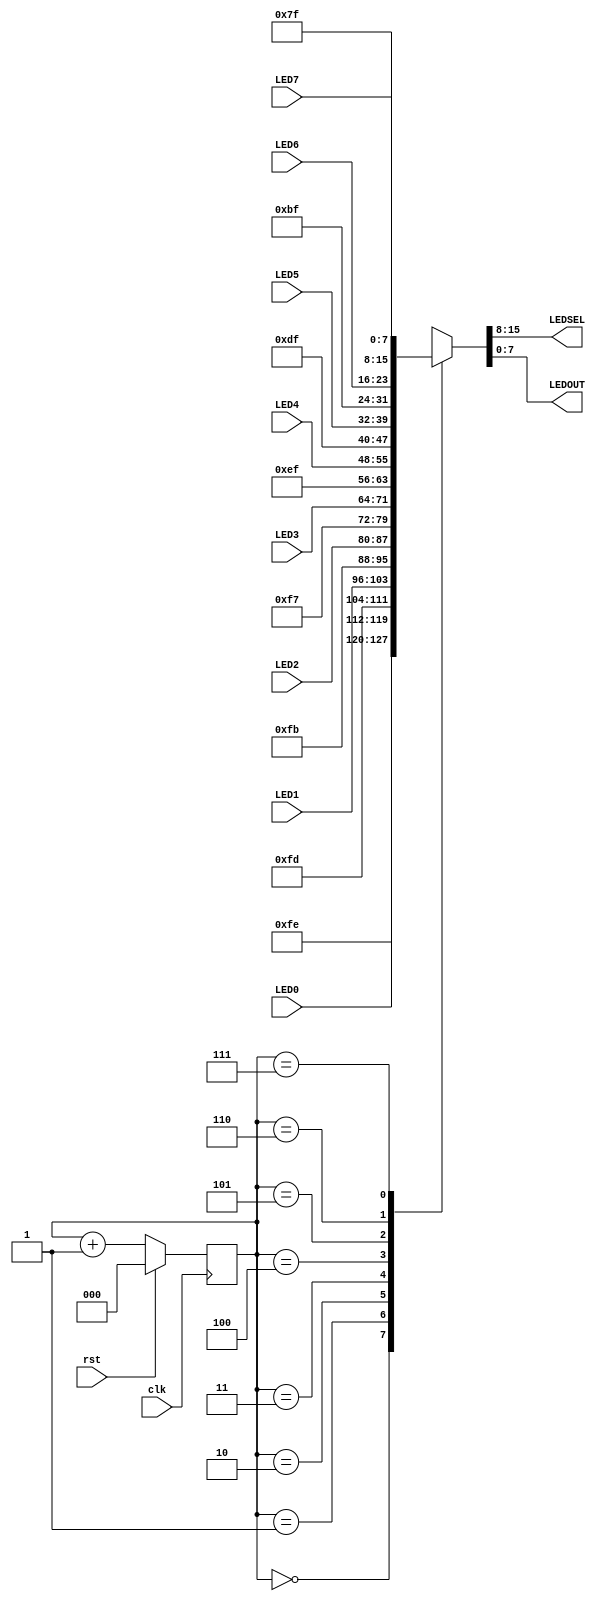
`timescale 1ns / 1ps
//for multiplexing signals to be displayed on 7seg
module led_mux(input clk, rst,
                input [7:0] LED7, LED6, LED5, LED4, LED3, LED2, LED1, LED0,
                output [7:0] LEDSEL, LEDOUT); //which 7 seg and what digit to display
reg [2:0] index;
reg [15:0] led_ctrl;
assign {LEDSEL, LEDOUT} = led_ctrl;
always @ (posedge clk) index <= (rst) ? 3'b0 : (index + 3'd1);
always @ (index, LED0, LED1, LED2, LED3, LED4, LED5, LED6, LED7)
begin
    case (index)
    0: led_ctrl <= {8'b11111110, LED0};
    1: led_ctrl <= {8'b11111101, LED1};
    2: led_ctrl <= {8'b11111011, LED2};
    3: led_ctrl <= {8'b11110111, LED3};
    4: led_ctrl <= {8'b11101111, LED4};
    5: led_ctrl <= {8'b11011111, LED5};
    6: led_ctrl <= {8'b10111111, LED6};
    7: led_ctrl <= {8'b01111111, LED7};
    default: led_ctrl <= {8'b11111111, 8'hFF};
    endcase
end
endmodule